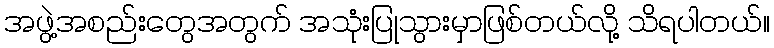
အဖွဲ့အစည်းတွေအတွက် အသုံးပြုသွားမှာဖြစ်တယ်လို့ သိရပါတယ်။